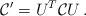
LaTeX: \begin{align*}{\cal C}'=U^T {\cal C}U\,.\end{align*}